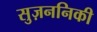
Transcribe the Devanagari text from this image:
सुज़ननिकी